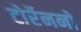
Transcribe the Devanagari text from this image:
टोर्रेननो